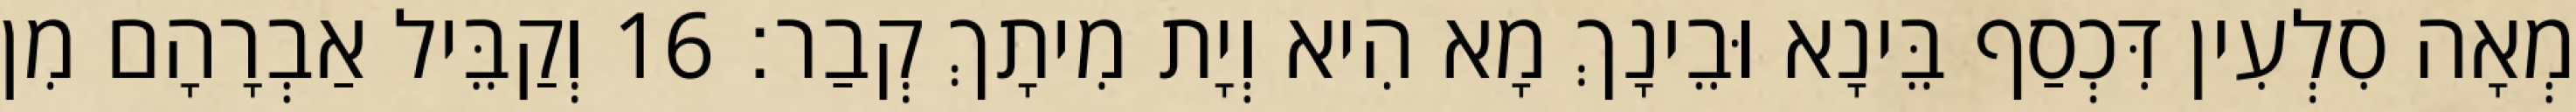
מְאָה סִלְעִין דִּכְסַף בֵּינָא וּבֵינָךְ מָא הִיא וְיָת מִיתָךְ קְבַר׃ 16 וְקַבֵּיל אַבְרָהָם מִן